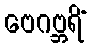
ဗေဂဗ္ဘရိံ